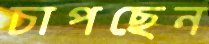
চাপছেন